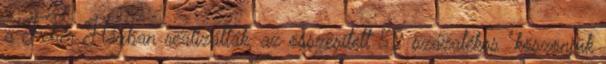
a Fehér Házban realizálták, az összesített 52 százalékos "köszönjük